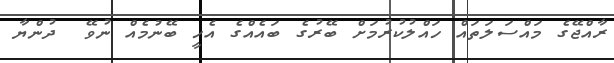
ރާާއްޖޭގެ މައްސަލަތައް ހައްލުކުރުމަށް ބޭރުގެ ބައެއްގެ އެހީ ބޭނުމެއް ނުވޭ  ދުންޔާ